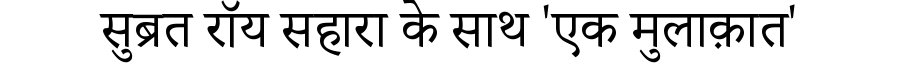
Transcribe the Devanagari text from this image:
सुब्रत रॉय सहारा के साथ 'एक मुलाक़ात'